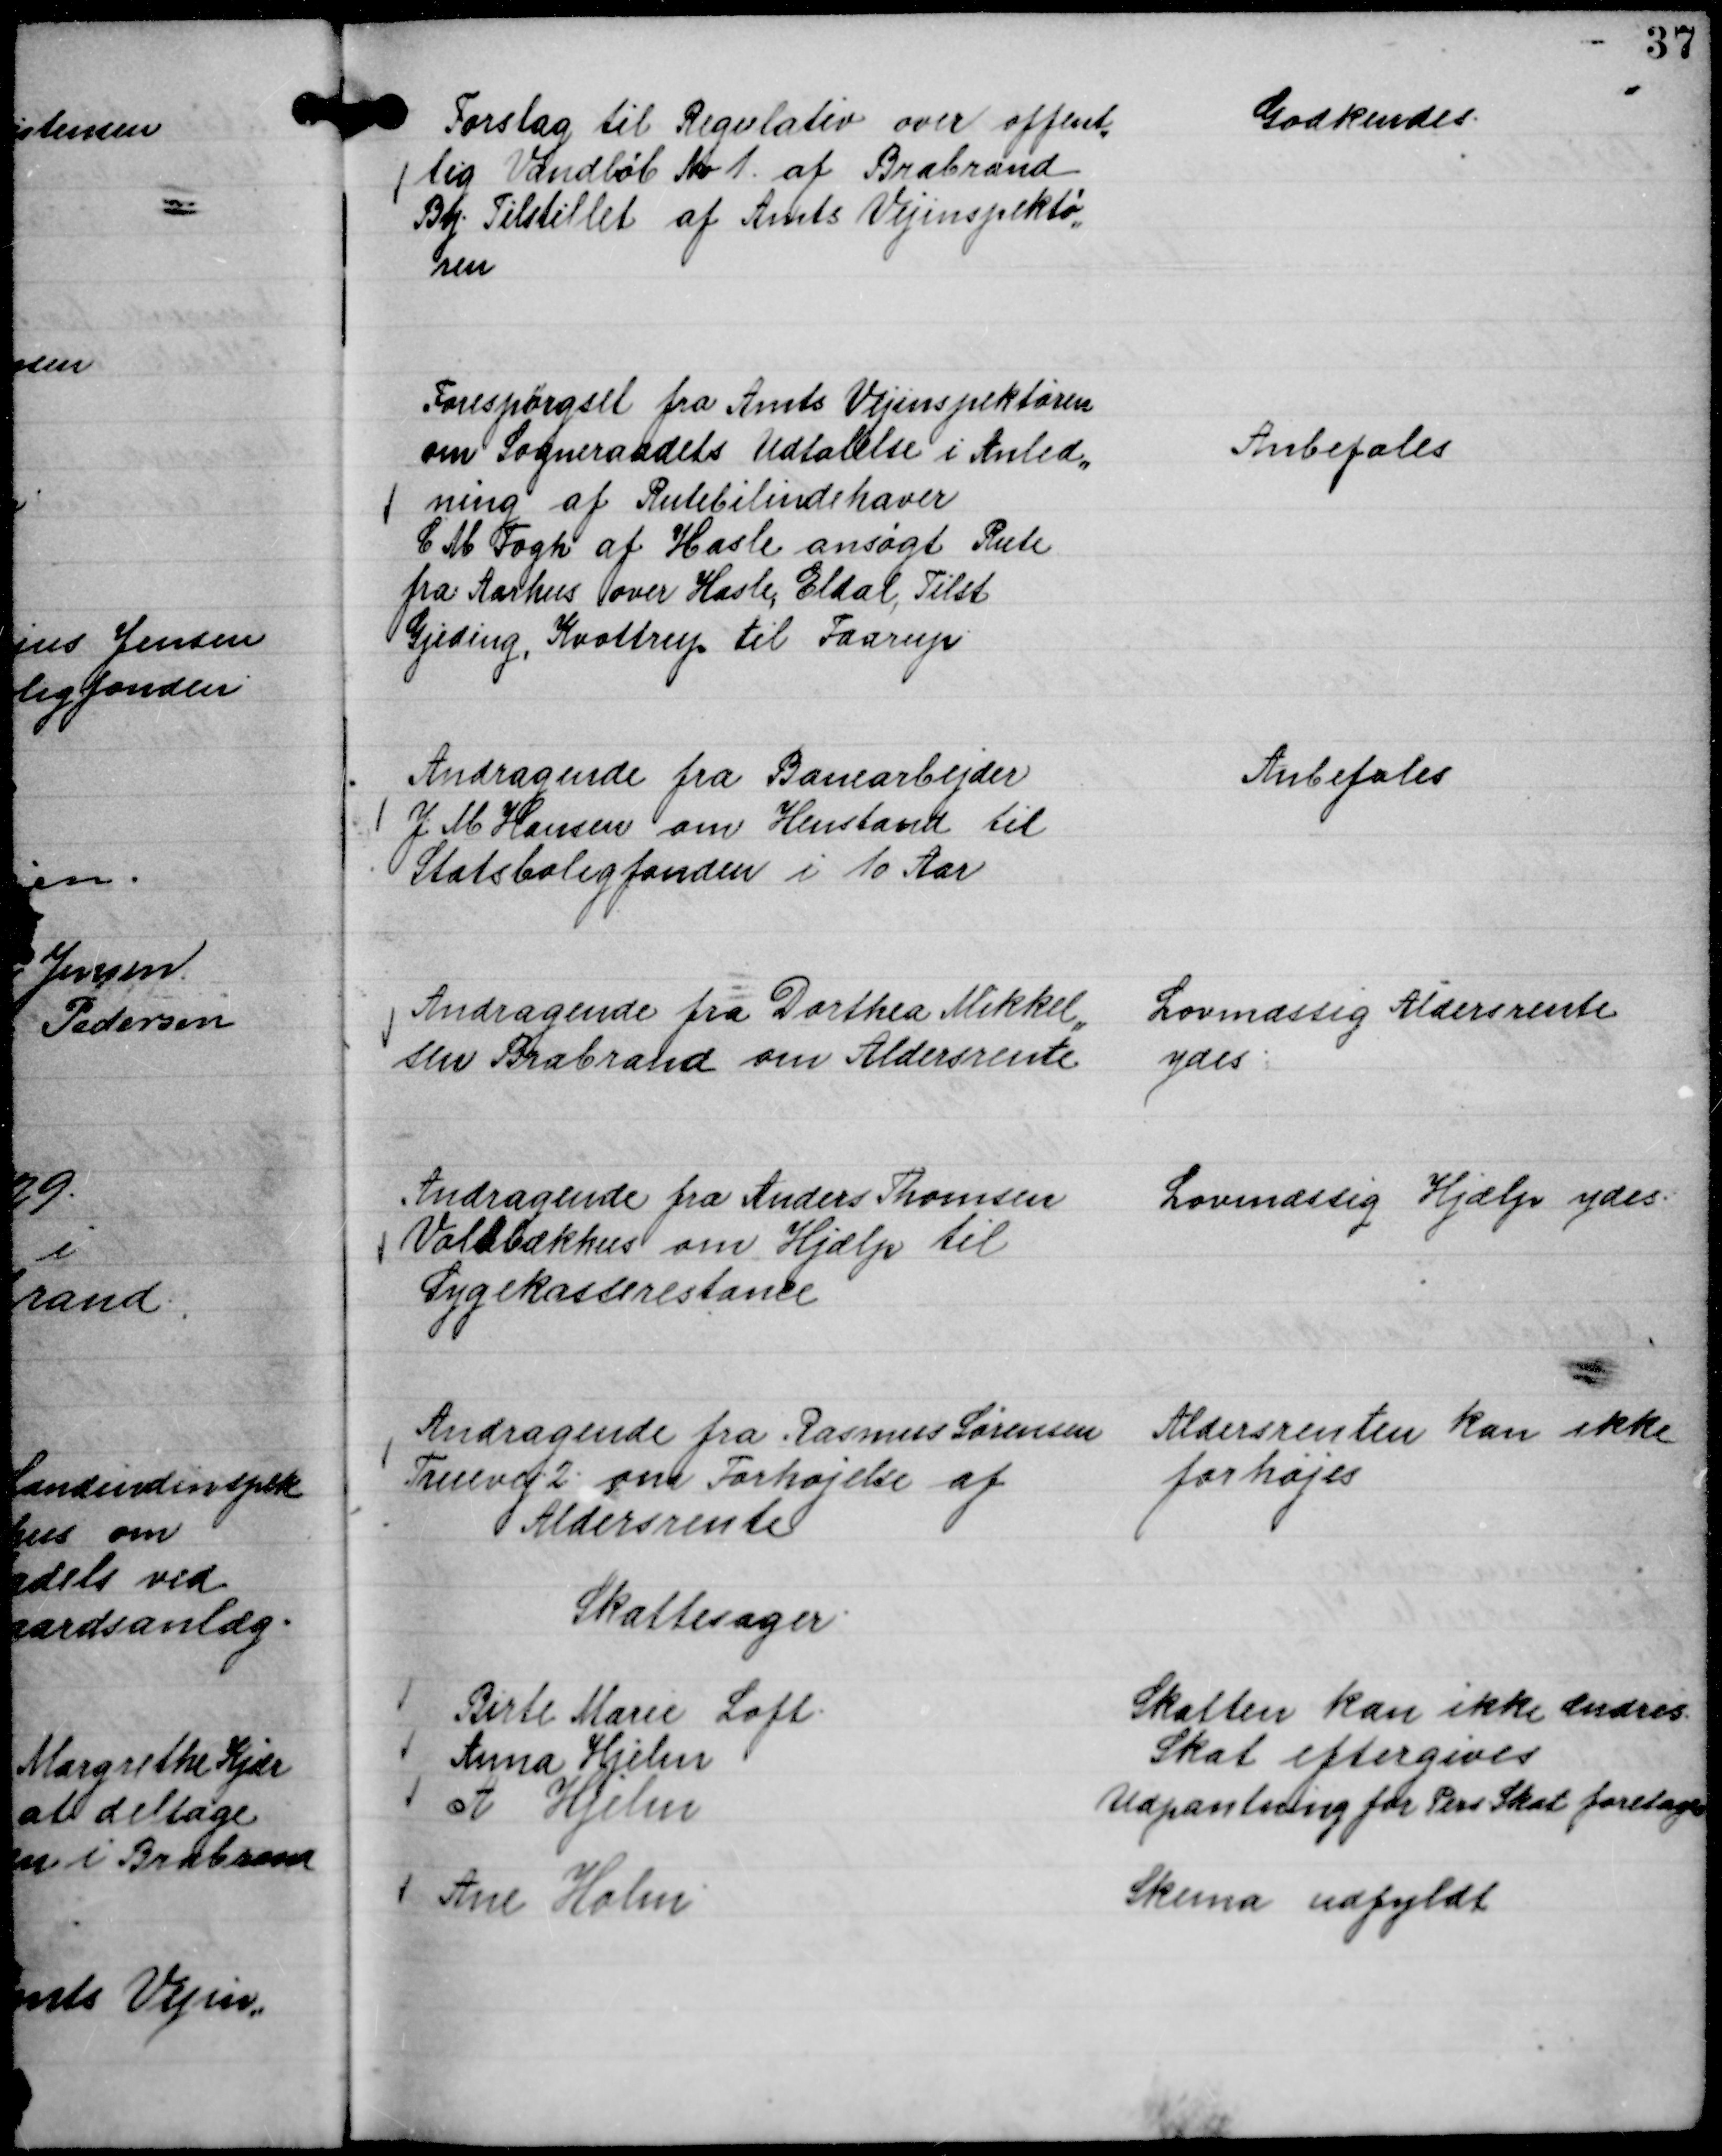
Transskription:
Forslag til Regulativ over offent,,
lig Vandløb No 1. af Brabrand
By. Tilstillet af Amts Vejinspektør,,
ren

Godkendes.

Forespørgsel fra Amts Vejinspektøren
om Sogneraadets Udtalelse i Anled,,
ning af Rutebilindehaver
C M Fogh af Hasle ansøgt Rute
fra Aarhus over Hasle, Eldal, Tilst
Gjeding, Kvottrup til Faarup

Anbefales

Andragende fra Banearbejder
J. M Hansen om Henstand til
Statsboligfonden i 10 Aar

Anbefales

Andragende fra Dorthea Mikkel,,
sen Brabrand om Aldersrente

Lovmæssig Aldersrente
ydes.

Andragende fra Anders Thomsen
Voldbækhus om Hjælp til
Sygekasserestance

Lovmæssig Hjælp ydes.

Andragende fra Rasmus Sørensen
Truevej 2. om Forhøjelse af
Aldersrente

Aldersrenten kan ikke
forhøjes

Skattesager.
Birte Marie Loft.
Skatten kan ikke ændres
Anna Hjelm
Skat eftergives
A Hjelm
Udpantning for Pers Skat foretages
Ane Holm
Skema udfyldt